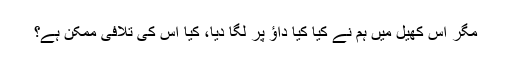
مگر اس کھیل میں ہم نے کیا کیا داؤ پر لگا دیا، کیا اس کی تلافی ممکن ہے؟